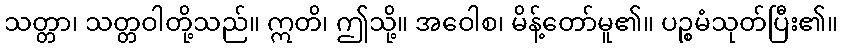
သတ္တာ၊ သတ္တဝါတို့သည်။ ဣတိ၊ ဤသို့။ အဝေါစ၊ မိန့်တော်မူ၏။ ပဉ္စမံသုတ်ပြီး၏။